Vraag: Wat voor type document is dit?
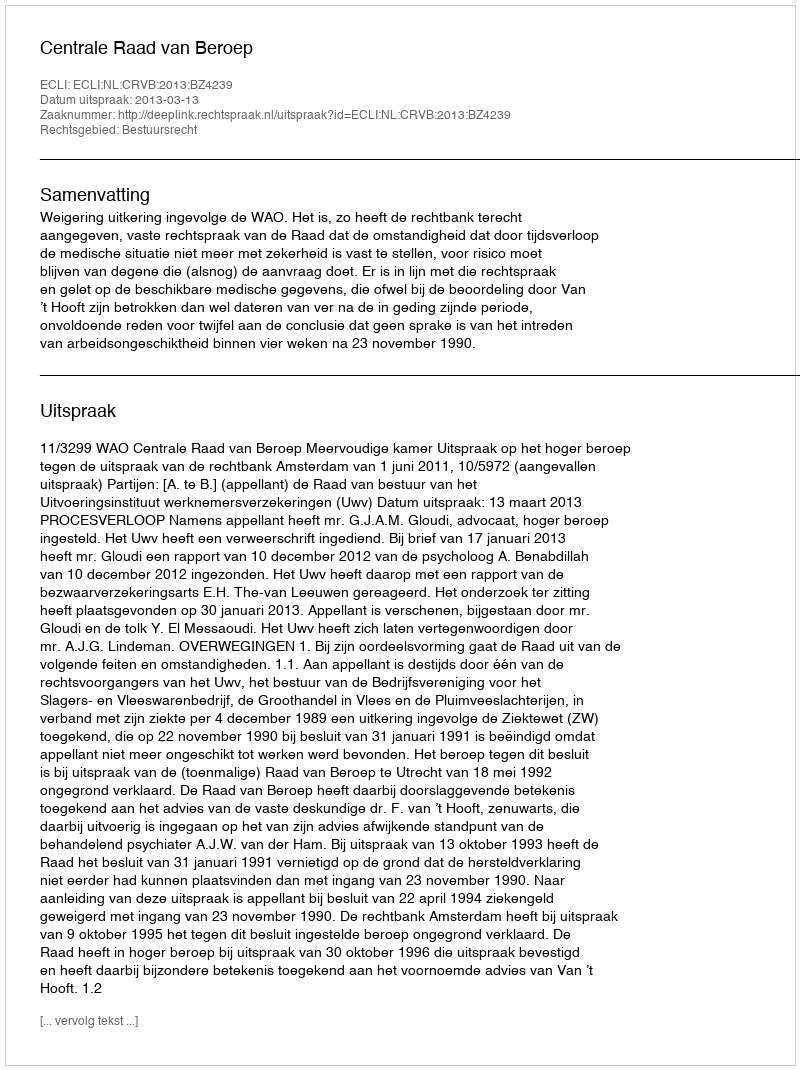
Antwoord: Uitspraak